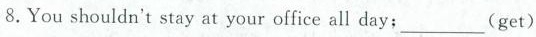
8.You shouldn't stay at your office all day;___(get)